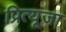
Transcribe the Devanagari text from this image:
प्रित्यूजा